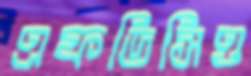
এফডিসিও